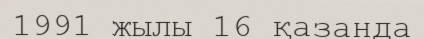
1991 жылы 16 қазанда